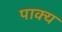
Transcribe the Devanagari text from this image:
पाक्य